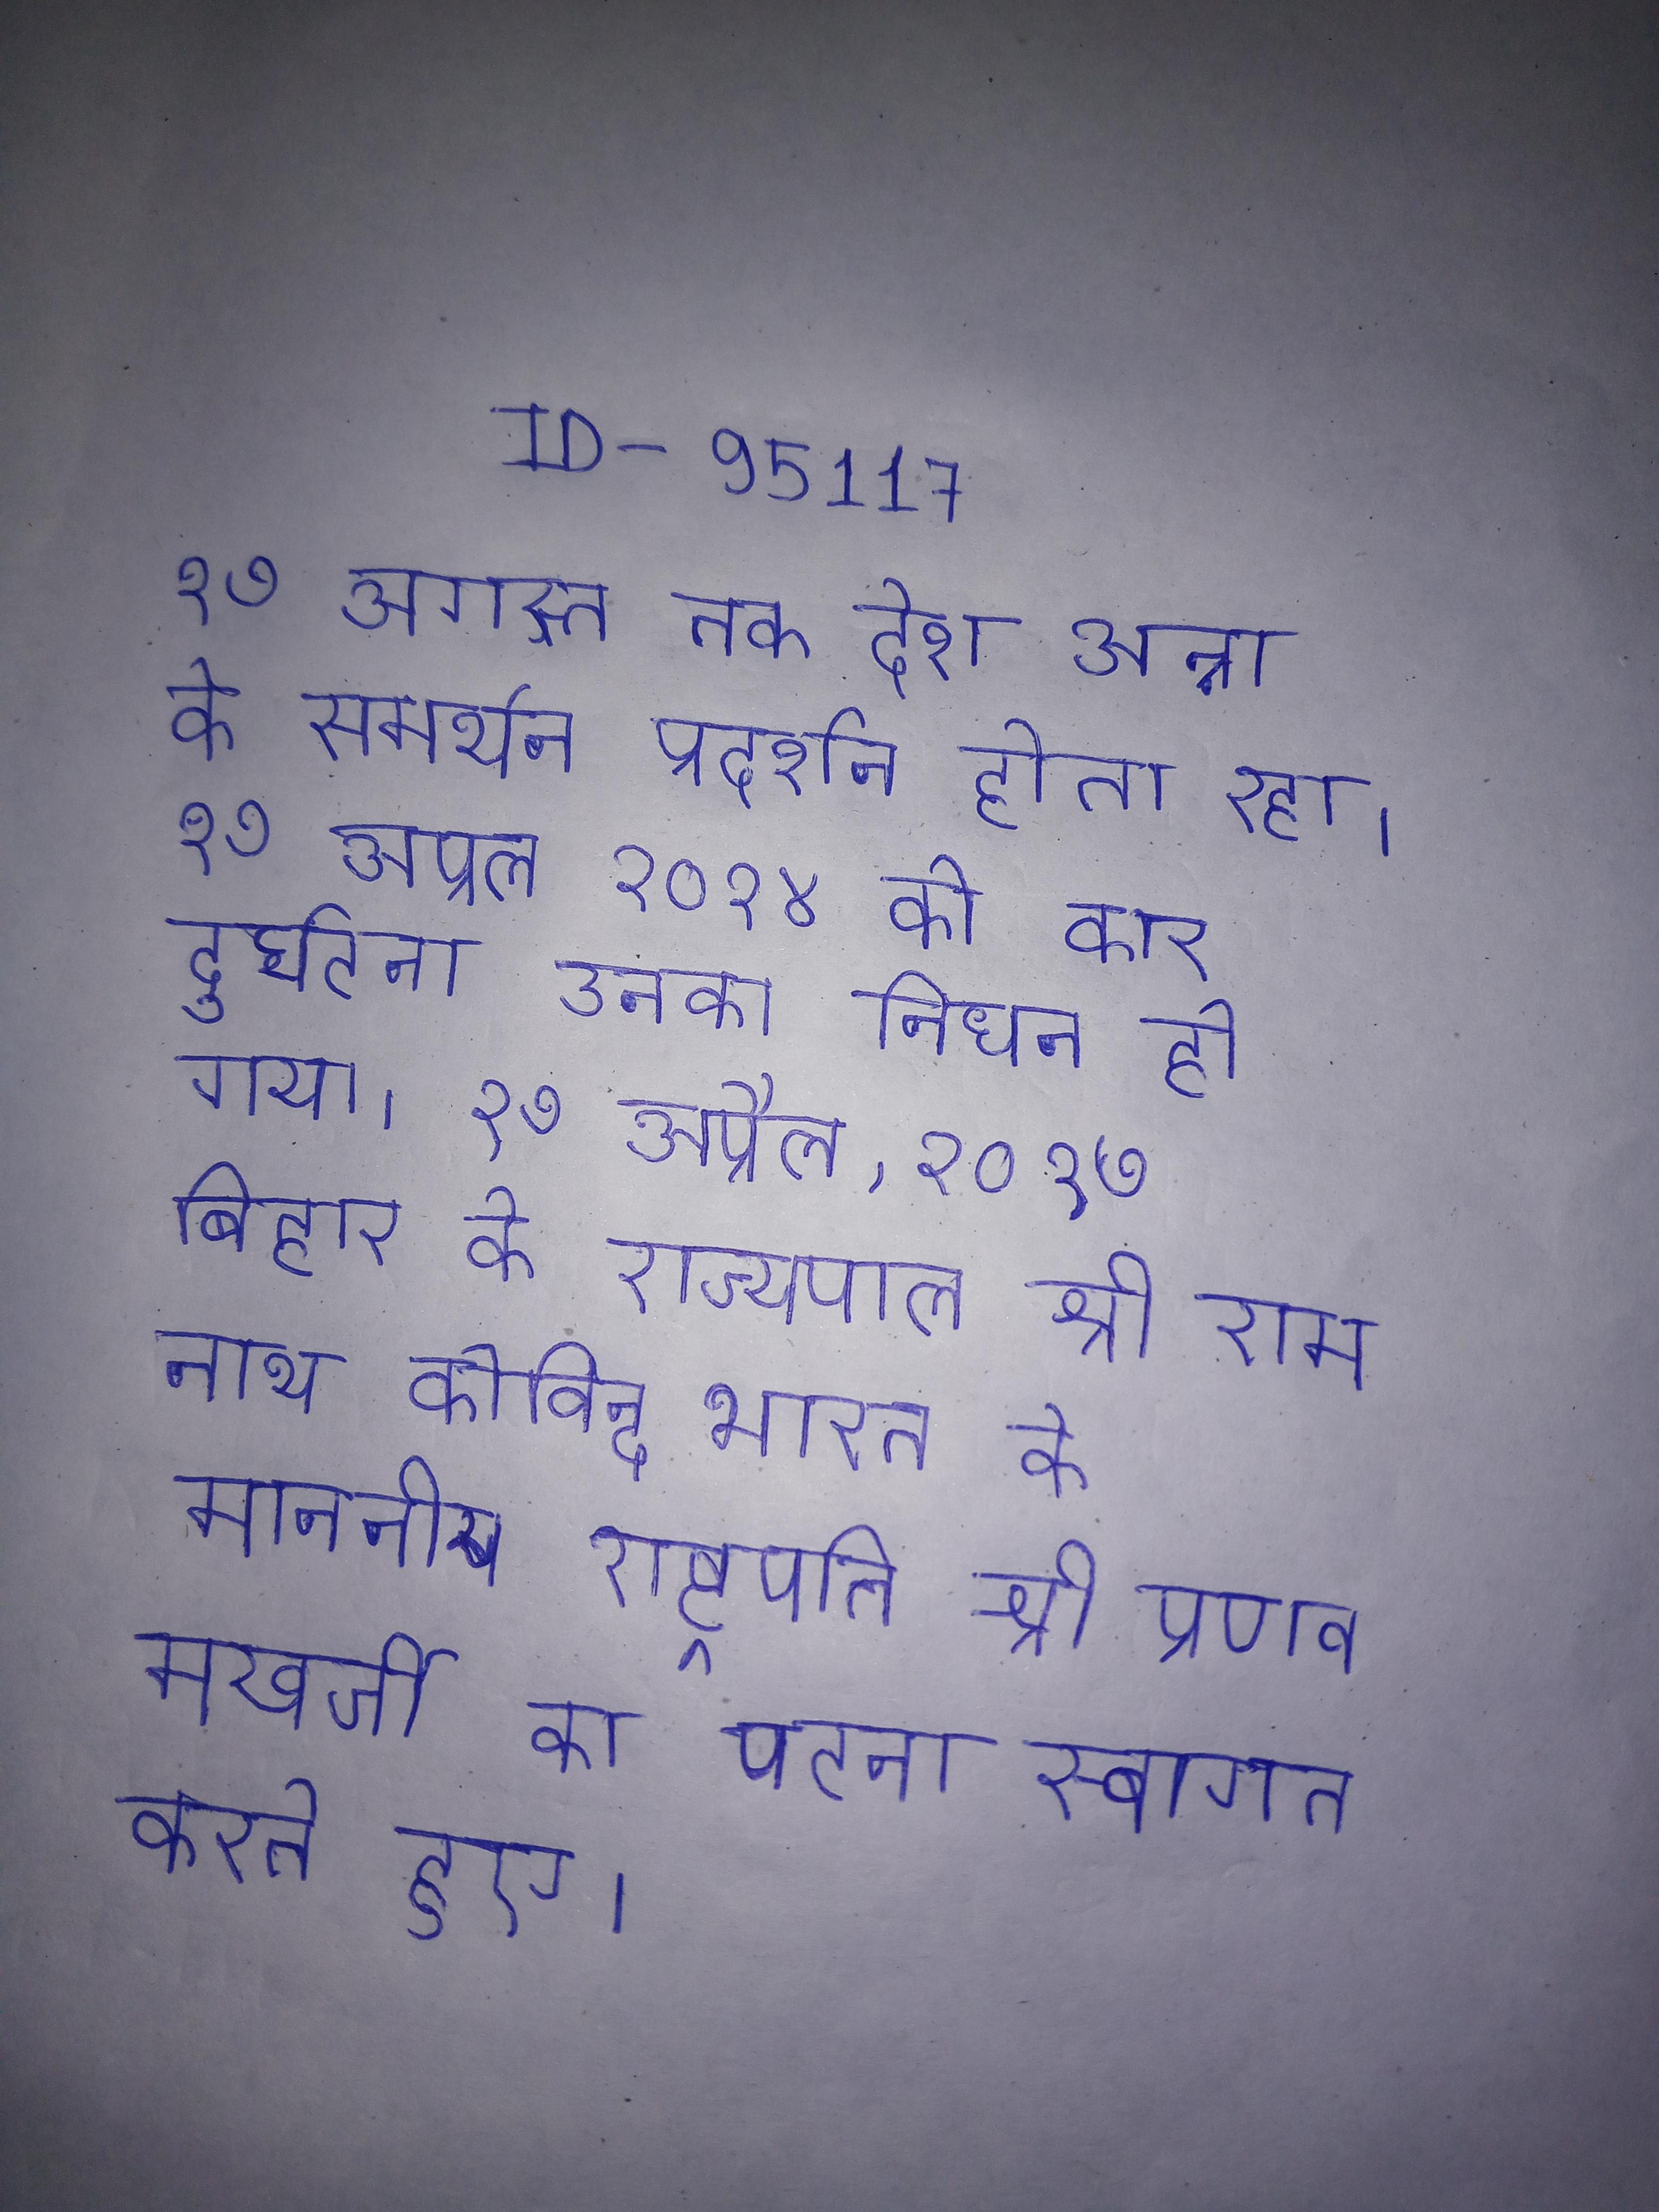
१७ अगस्त तक देश अन्ना के समर्थन प्रदर्शन होता रहा । १७ अप्रैल २०१४ को कार दुर्घटना उनका निधन हो गया । १७ अप्रैल, २०१७ बिहार के राज्यपाल श्री राम नाथ कोविन्द भारत के माननीय राष्ट्रपति श्री प्रणव मुखर्जी का पटना स्वागत करते हुए ।